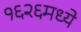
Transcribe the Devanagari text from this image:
१६२६मध्ये